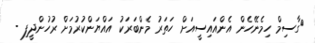
ގާސިމް ހިމެނޭހެން އެންއައިސީއަށް ހަތަރު މެންބަރަކު އައްޔަންކުރުމަށް ރުހުންދީފި -